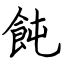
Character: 飩